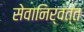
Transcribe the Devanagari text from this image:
सेवानिर्वत्त